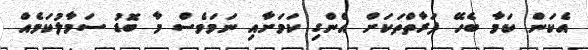
އެކަން ކަމާ ބެހޭ ފަރާތްތަކަށް އެންގި ކަމަށާއި ނަމަވެސް މާ ބޮޑު ސަމާލުކަމެއް